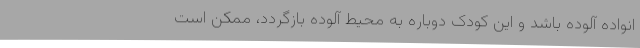
انواده آلوده باشد و این کودک دوباره به محیط آلوده بازگردد، ممکن است